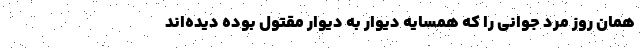
همان روز مرد جوانی را که همسایه دیوار به دیوار مقتول بوده دیده‌اند